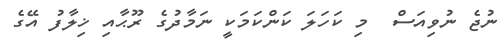
ނުޖެ ނުވިއަސް  މި ކަހަލަ ކަންކަމަކީ ނަމާދުގެ ރޫޙާއި ޚިލާފު އޭގެ